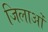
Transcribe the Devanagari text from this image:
जिलाओं